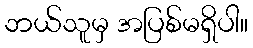
ဘယ်သူမှ အပြစ်မရှိပါ။